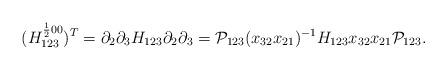
LaTeX: \begin{align*}( H^{\frac{1}{2}00}_{123})^T=\partial_2\partial_3 H_{123}\partial_2\partial_3={\cal P}_{123}(x_{32}x_{21})^{-1} H_{123}x_{32}x_{21}{\cal P}_{123}.\end{align*}